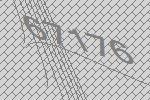
67176